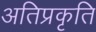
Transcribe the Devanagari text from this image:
अतिप्रकृति